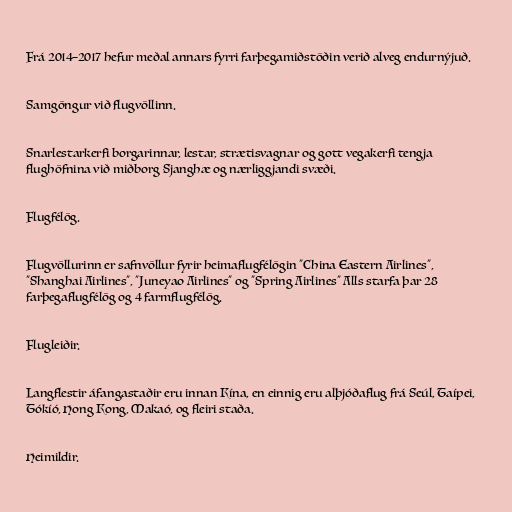
Frá 2014–2017 hefur meðal annars fyrri farþegamiðstöðin verið alveg endurnýjuð.

Samgöngur við flugvöllinn.

Snarlestarkerfi borgarinnar, lestar, strætisvagnar og gott vegakerfi tengja
flughöfnina við miðborg Sjanghæ og nærliggjandi svæði.

Flugfélög.

Flugvöllurinn er safnvöllur fyrir heimaflugfélögin "China Eastern Airlines",
"Shanghai Airlines", "Juneyao Airlines" og "Spring Airlines" Alls starfa þar 28
farþegaflugfélög og 4 farmflugfélög.

Flugleiðir.

Langflestir áfangastaðir eru innan Kína, en einnig eru alþjóðaflug frá Seúl, Taípei,
Tókíó, Hong Kong, Makaó, og fleiri staða.

Heimildir.